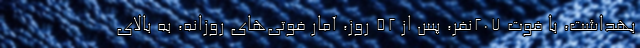
بهداشت، با فوت ۲۰۷نفر، پس از ۵۲ روز، آمار فوتی‌های روزانه، به بالای